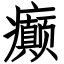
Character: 癫